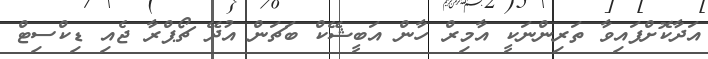
އަދާކޮށްފައިވާ ތަރިންނަކީ އާމިރް ހާން އަބީޝޭކް ބަޗަން އުދޭ ޗޯޕްރާ ޖެއި ޑިކްސިޓް